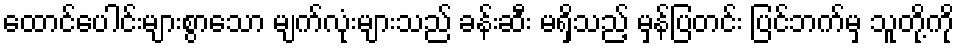
ထောင်ပေါင်းများစွာသော မျက်လုံးများသည် ခန်းဆီး မရှိသည့် မှန်ပြတင်း ပြင်ဘက်မှ သူတို့ကို